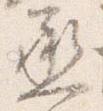
丞